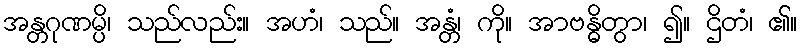
အန္တဂုဏမ္ပိ၊ သည်လည်း။ အဟံ၊ သည်။ အန္တံ၊ ကို။ အာဗန္ဓိတွာ၊ ၍။ ဌိတံ၊ ၏။